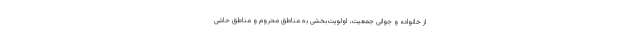
از خانواده و جوانی جمعیت، اولویت‌بخشی به مناطق محروم و مناطق حاشی